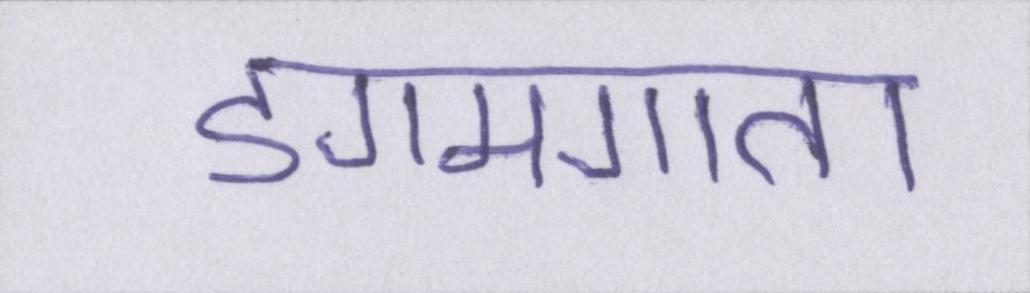
डगमगाता